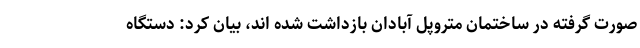
صورت گرفته در ساختمان متروپل آبادان بازداشت شده اند، بیان کرد: دستگاه